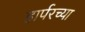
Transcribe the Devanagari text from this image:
हार्परच्या